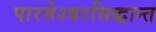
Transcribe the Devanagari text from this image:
पारमेश्वरसिद्धान्त